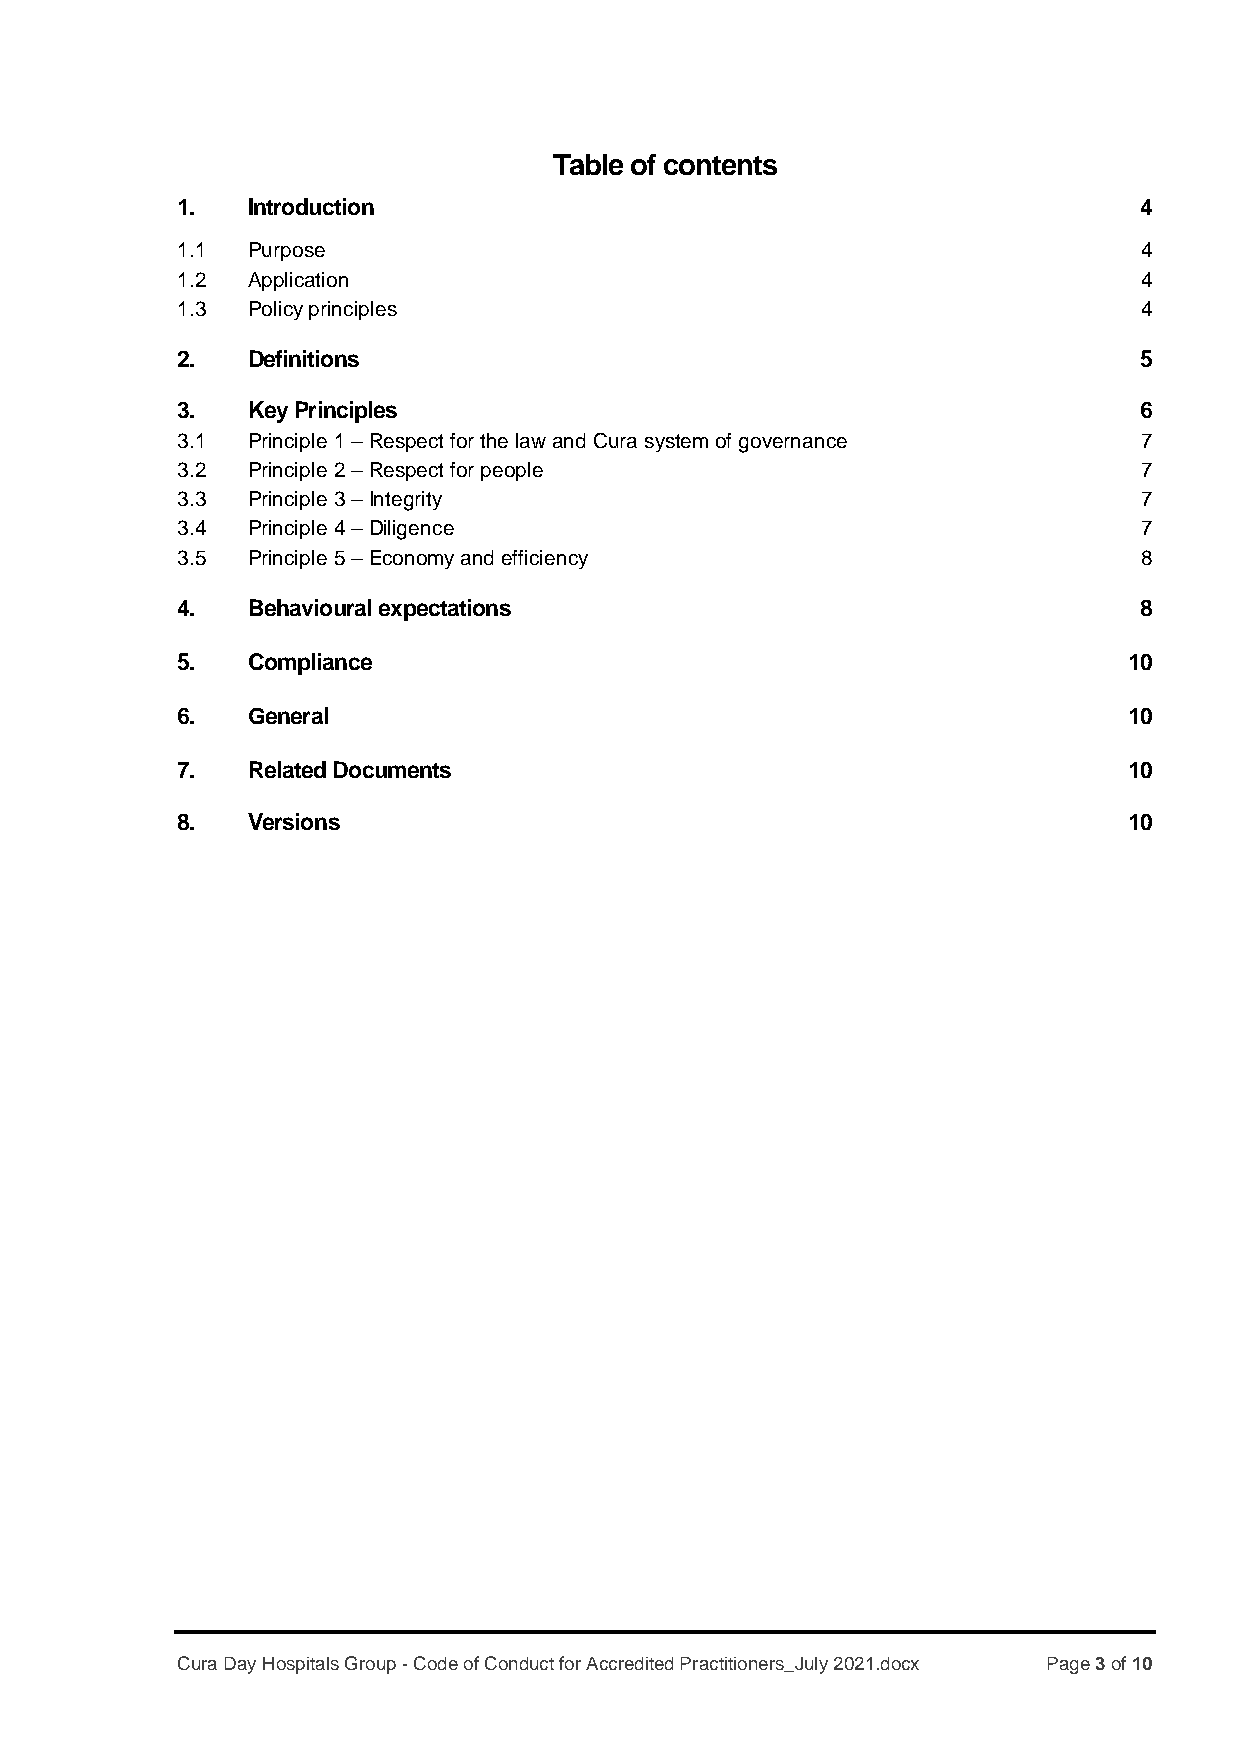
Table of contents
 1.  Introduction                                               4
 1.1 Purpose                                                    4
 1.2 Application                                                4
 1.3 Policy principles                                          4
 2.  Definitions                                                5
 3.  Key Principles                                             6
 3.1 Principle 1 – Respect for the law and Cura system of governance 7
 3.2 Principle 2 – Respect for people                           7
 3.3 Principle 3 – Integrity                                    7
 3.4 Principle 4 – Diligence                                    7
 3.5 Principle 5 – Economy and efficiency                       8
 4.  Behavioural expectations                                   8
 5.  Compliance                                                 10
 6.  General                                                    10
 7.  Related Documents                                          10
 8.  Versions                                                   10
 Cura Day Hospitals Group - Code of Conduct for Accredited Practitioners_July 2021.docx Page 3 of 10